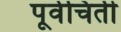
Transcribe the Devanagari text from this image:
पूर्वचिती